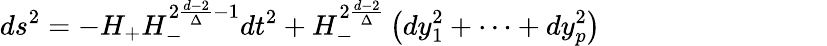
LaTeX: ds^{2}=-H_{+}H_{-}^{2{\frac{d-2}{\Delta}}-1}dt^{2}+H_{-}^{2{\frac{d-2}{\Delta}}}\left(dy_{1}^{2}+\dots+dy_{p}^{2}\right)\qquad\qquad\qquad\qquad